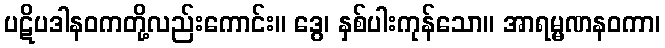
ပဋိပဒါနဝကတို့လည်းကောင်း။ ဒွေ၊ နှစ်ပါးကုန်သော။ အာရမ္မဏနဝကာ၊